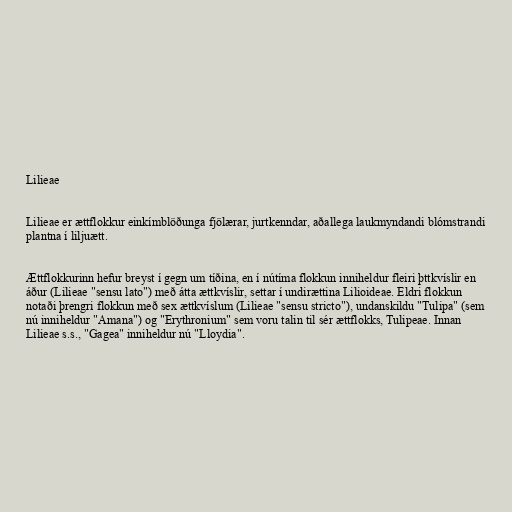
Lilieae

Lilieae er ættflokkur einkímblöðunga fjölærar, jurtkenndar, aðallega laukmyndandi blómstrandi
plantna í liljuætt.

Ættflokkurinn hefur breyst í gegn um tíðina, en í nútíma flokkun inniheldur fleiri þttkvíslir en
áður (Lilieae "sensu lato") með átta ættkvíslir, settar í undirættina Lilioideae. Eldri flokkun
notaði þrengri flokkun með sex ættkvíslum (Lilieae "sensu stricto"), undanskildu "Tulipa" (sem
nú inniheldur "Amana") og "Erythronium" sem voru talin til sér ættflokks, Tulipeae. Innan
Lilieae s.s., "Gagea" inniheldur nú "Lloydia".